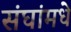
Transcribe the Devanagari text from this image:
संघांमधे